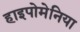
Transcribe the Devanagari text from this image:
हाइपोमेनिया